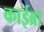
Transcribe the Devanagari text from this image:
काईब्रा